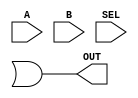
module mux(OUT, A, B, SEL);
    output OUT;
    input A,B,SEL;
		
		not N5 (seln, SEL) ;
    and I6 (sel_a, A, seln);
    and I7 (sel_b, B, SEL);
    or I4 (OUT, sela, selb);
	
endmodule